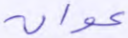
عوان